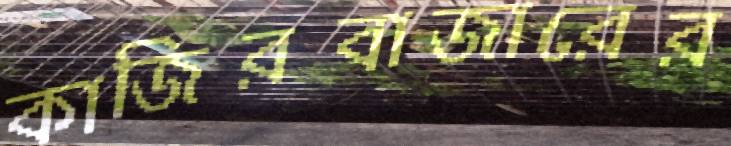
কাজিরবাজারের